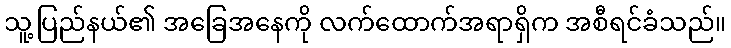
သူ့ပြည်နယ်၏ အခြေအနေကို လက်ထောက်အရာရှိက အစီရင်ခံသည်။